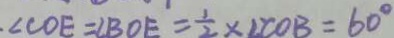
\angle C O E = \angle B O E = \frac { 1 } { 2 } \times \angle C O B = 6 0 ^ { \circ }